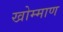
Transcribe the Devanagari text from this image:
खोम्माण